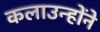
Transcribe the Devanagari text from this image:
कलाउन्होंने